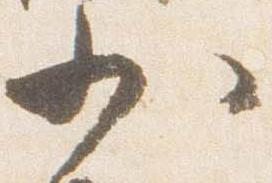
少